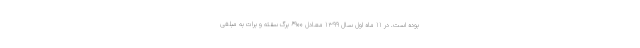
بوده است. در ۱۱ ماه اول سـال ۱۳۹۹ معـادل ۶۹۰۰ برگ سفته و برات به مبلغی